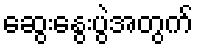
ဆွေးနွေးပွဲအတွက်